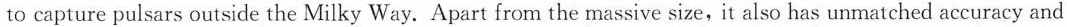
to capture pulsars outside the Milky Way. Apart from the massive size, it also has unmatched accuracy and